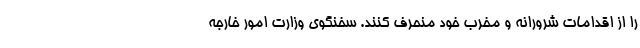
را از اقدامات شرورانه و مخرب خود منحرف کنند. سخنگوی وزارت امور خارجه